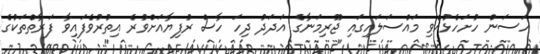
ހަސަން ހުށަހެޅުއްވި މައްސަލައިގައި ޖޫރިމަނާގެ އަދަދު ދިހަ ހާސް ރުފިޔާއަށްވުރެ އިތުރުވެފައިވާ ފަރާތްތަކުގެ